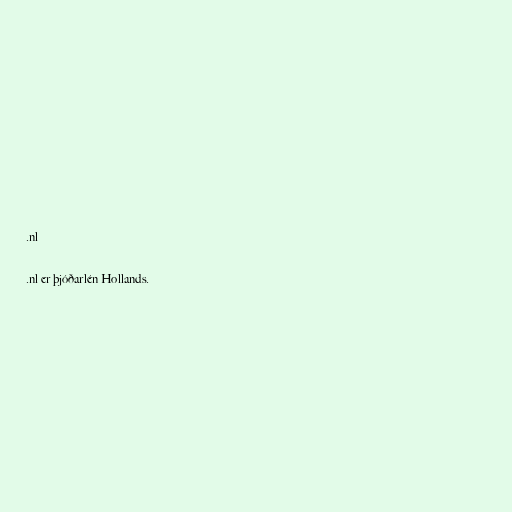
.nl

.nl er þjóðarlén Hollands.